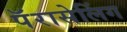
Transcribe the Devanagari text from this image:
पॅरासेलिंग